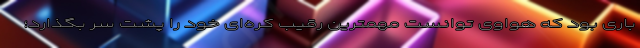
باری بود که هواوی توانست مهمترین رقیب کره‌ای خود را پشت سر بگذارد؛